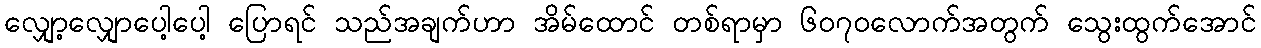
လျှော့လျှောပေါ့ပေါ့ ပြောရင် သည်အချက်ဟာ အိမ်ထောင် တစ်ရာမှာ ၆၀၇၀လောက်အတွက် သွေးထွက်အောင်